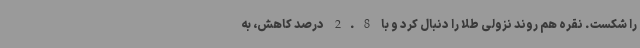
را شکست. نقره هم روند نزولی طلا را دنبال کرد و با 2.8 درصد کاهش، به